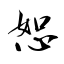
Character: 恕